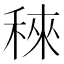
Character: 䅘